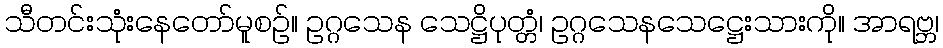
သီတင်းသုံးနေတော်မူစဉ်။ ဥဂ္ဂသေန သေဋ္ဌိပုတ္တံ၊ ဥဂ္ဂသေနသေဋ္ဌေးသားကို။ အာရဗ္ဘ၊